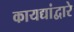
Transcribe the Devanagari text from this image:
कायद्यांद्वारे